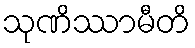
သုဏိဿာမီတိ